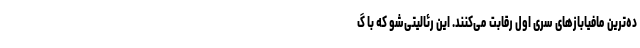
ده‌ترین مافیابازهای سری اول رقابت می‌کنند. این رئالیتی‌شو که با گ